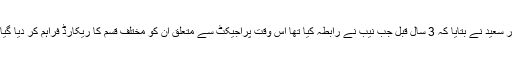
اسرار سعید نے بتایا کہ 3 سال قبل جب نیب نے رابطہ کیا تھا اس وقت پراجیکٹ سے متعلق ان کو مختلف قسم کا ریکارڈ فراہم کر دیا گیا تھا۔